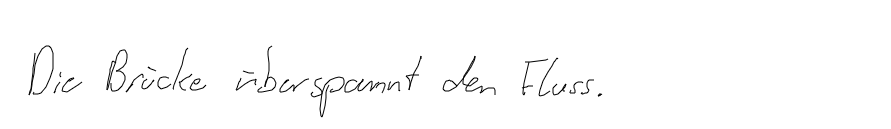
Die Brücke überspannt den Fluss.